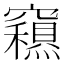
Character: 𥨽